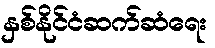
နှစ်နိုင်ငံဆက်ဆံရေး